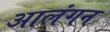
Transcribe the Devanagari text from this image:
आलंगन